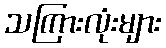
သကြားလုံးများ